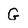
Character: G